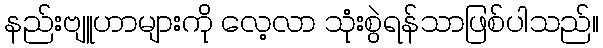
နည်းဗျူဟာများကို လေ့လာ သုံးစွဲရန်သာဖြစ်ပါသည်။